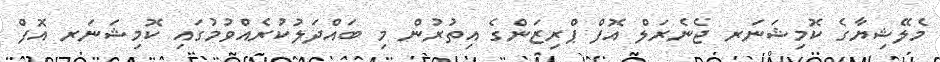
މެލޭޝިޔާގެ ކޮމިޝަނަރ ޖެނެރަލް އޮފް ޕްރިޒަންގެ އިތުރުން މި ބައްދަލުކުރެއްވުމުގައި ކޮމިޝަނަރ އޮފް